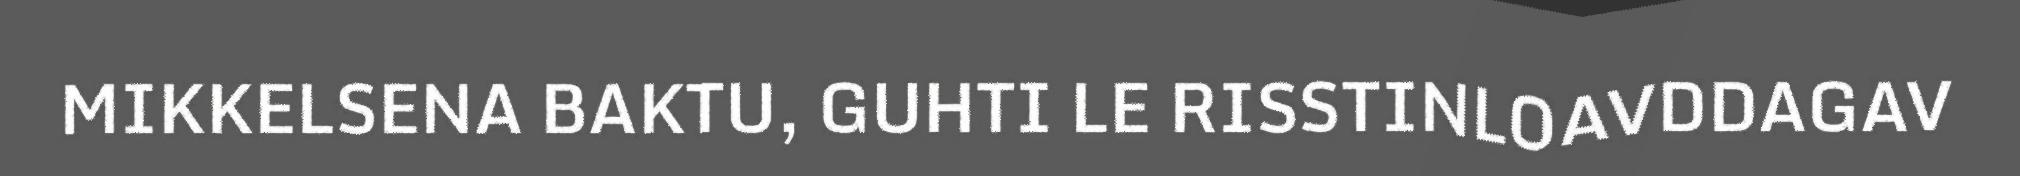
MIKKELSENA BAKTU, GUHTI LE RISSTINLOAVDDAGAV